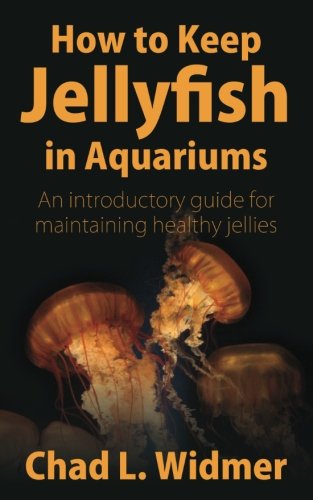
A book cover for How to Keep Jellyfish in Aquariums: An Introductory Guide for Maintaining Healthy Jellies; Chad L. Widmer; Crafts, Hobbies & Home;